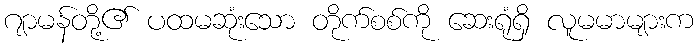
ဂျာမန်တို့၏ ပထမဆုံးသော တိုက်စစ်ကို ဆေးရုံရှိ လူမမာများက